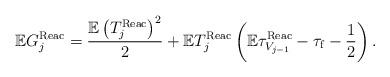
LaTeX: \begin{align*}\mathbb{E}G^{\rm Reac}_j=\frac{\mathbb{E}\left(T^{\rm Reac}_j\right)^2}{2}+\mathbb{E}T^{\rm Reac}_j\left(\mathbb{E}\tau^{\rm Reac}_{V_{j-1}}-\tau_{\rm f}-\frac{1}{2}\right).\end{align*}